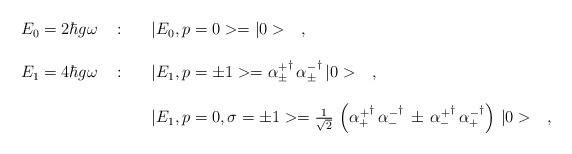
LaTeX: \begin{align*}\begin{array}{r c l}E_0=2\hbar g\omega\ &:&\ \ \ |E_0,p=0>=|0>\ \ \ ,\\ \\E_1=4\hbar g\omega\ &:&\ \ \ |E_1,p=\pm 1>={\alpha^+_\pm}^\dagger\,{\alpha^-_\pm}^\dagger\,|0>\ \ \ ,\\ \\& &\ \ \ |E_1,p=0,\sigma=\pm 1>=\frac{1}{\sqrt{2}}\,\left({\alpha^+_+}^\dagger\,{\alpha^-_-}^\dagger\,\pm\,{\alpha^+_-}^\dagger\,{\alpha^-_+}^\dagger\right)\,|0>\ \ \ ,\end{array}\end{align*}